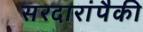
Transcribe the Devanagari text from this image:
सरदारांपैकी